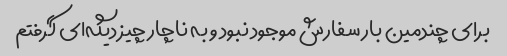
برای چندمین بار سفارش موجود نبود و به ناچار چیز دیگه‌ای گرفتم